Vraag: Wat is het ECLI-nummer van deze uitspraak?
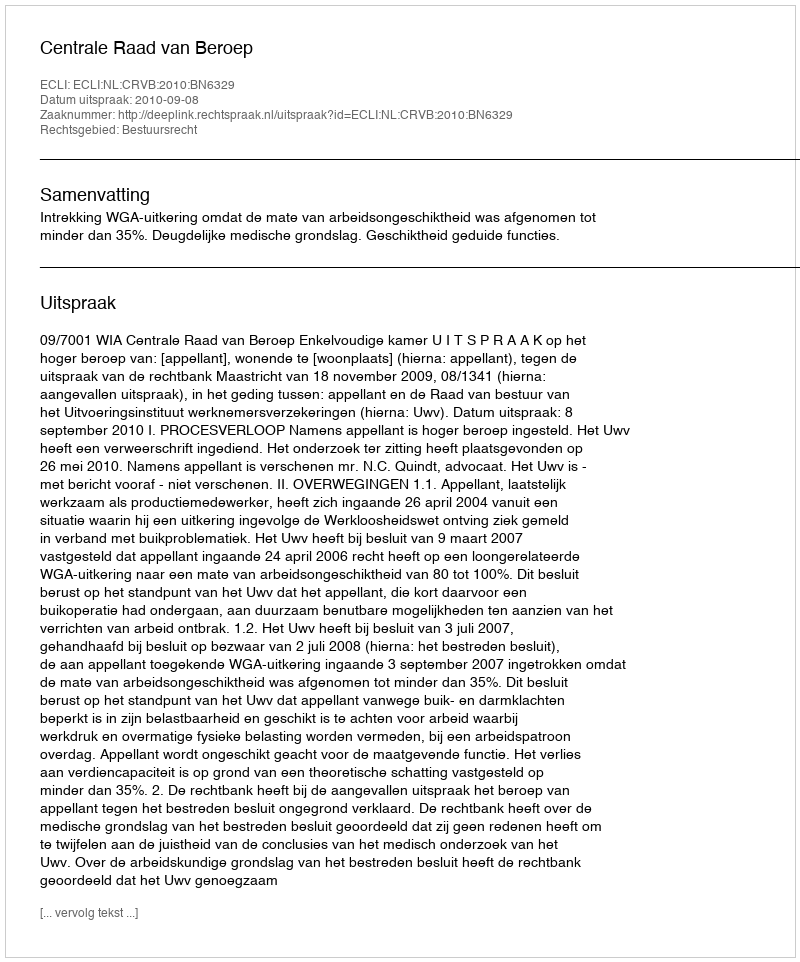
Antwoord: ECLI:NL:CRVB:2010:BN6329